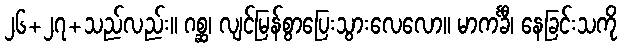
၂၆+၂၇+သည်လည်း။ ဂစ္ဆ၊ လျင်မြန်စွာပြေးသွားလေလော။ မာကင်္ခီ၊ နေခြင်းသကို